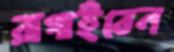
রাগাইবেন